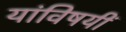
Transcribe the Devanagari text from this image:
यांविषयीं